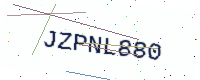
Text: JZPNL880